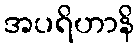
အပရိဟာနိ